Lunatic asylums United Provinces 1909-1921 - 1909-1921
Year: 1909
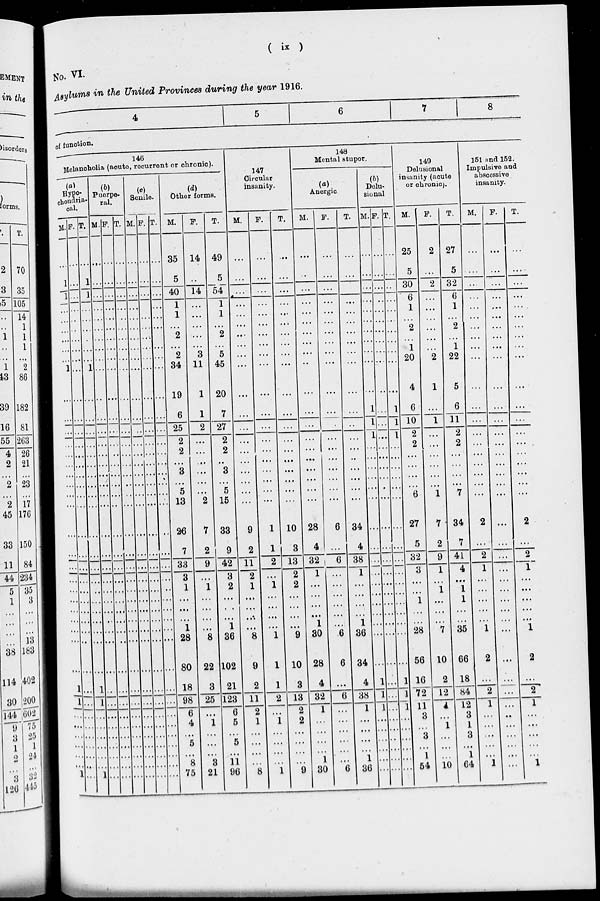
(
ix
)
No. VI.
Asylums in the United Provinces during the year 1916.
4
5
6
7
8
of function.
146
Melancholia (acute, recurrent or chronic).
(a)
Hypo-
chondria-
cal.
M.
…
1
1
…
…
…
…
…
…
1
…
…
…
…
…
…
…
…
…
…
…
…
…
…
…
…
…
…
…
…
…
1
1
…
…
…
…
…
…
1
F.
…
...
…
…
…
…
…
…
…
...
…
…
…
…
…
…
…
…
…
…
…
…
…
…
…
…
…
…
…
…
…
...
...
…
…
…
…
…
…
…
T.
…
1
1
…
…
…
…
…
…
1
…
…
…
…
…
…
…
…
…
…
…
…
…
…
…
…
…
…
…
…
…
1
1
…
…
…
…
…
…
1
(b)
Puerpe-
ral.
M.
…
…
…
…
…
…
…
…
…
…
…
…
…
…
…
…
…
…
…
…
…
…
…
…
…
…
…
…
…
…
…
…
…
…
…
…
…
…
…
…
F.
…
…
…
…
…
…
…
…
…
…
…
…
…
…
…
…
…
…
…
…
…
…
…
…
…
…
…
…
…
…
…
…
…
…
…
…
…
…
…
…
T.
…
…
…
…
…
…
…
…
…
…
…
…
…
…
…
…
…
…
…
…
…
…
…
…
…
…
…
…
…
…
…
…
…
…
…
…
…
…
…
…
(c)
Senile.
M.
…
…
…
…
…
…
…
…
…
…
…
…
…
…
…
…
…
…
…
…
…
…
…
…
…
…
…
…
…
…
…
…
…
…
…
…
…
…
…
…
F.
…
…
…
…
…
…
…
…
…
…
…
…
…
…
…
…
…
…
…
…
…
…
…
…
…
…
…
…
…
…
…
…
…
…
…
…
…
…
…
…
T.
…
…
…
...
…
…
…
…
…
…
…
…
…
…
…
…
…
…
…
…
…
…
…
…
…
…
…
…
…
…
…
…
…
…
…
…
…
…
…
…
(d)
Other forms.
M.
35
5
40
1
1
…
2
…
2
34
19
6
25
2
2
…
3
…
5
13
26
7
33
3
1
…
…
…
1
28
80
18
98
6
4
…
5
…
8
75
F.
14
…
14
…
...
…
…
…
3
11
1
1
2
…
…
…
...
...
...
2
7
2
9
…
1
...
…
...
...
8
22
3
25
...
1
...
…
...
3
21
T.
49
5
54
1
1
...
2
…
5
45
20
7
27
2
2
…
3
...
5
15
33
9
42
3
2
...
…
…
1
36
102
21
123
6
5
...
5
…
11
96
147
Circular
insanity.
M.
…
...
...
…
...
…
…
…
...
...
...
…
...
...
...
…
…
…
…
…
9
2
11
2
1
…
…
…
…
8
9
2
11
2
1
…
…
…
...
8
F.
…
...
…
…
...
…
...
…
…
...
…
…
...
…
…
...
…
…
…
…
1
1
2
…
1
…
…
…
...
1
1
1
2
...
1
…
…
…
...
1
T.
…
...
...
…
…
...
...
…
…
...
...
...
…
...
...
…
…
...
...
…
10
3
13
2
2
...
…
...
…
9
10
3
13
2
2
…
…
…
…
9
148
Mental stupor.
(a)
Anergic.
M.
…
…
...
...
...
…
…
...
...
...
…
…
...
…
...
…
…
...
...
...
28
4
32
1
...
...
…
…
1
30
28
4
32
1
…
…
...
...
1
30
F.
…
...
…
...
...
...
...
…
…
...
…
...
…
…
…
…
…
…
…
6
…
6
…
…
…
…
…
...
6
6
…
6
…
…
...
...
...
...
6
T.
…
…
…
...
...
...
…
...
…
...
...
...
…
...
…
…
…
…
…
…
34
4
38
1
…
…
…
…
1
36
34
4
38
1
…
…
…
…
1
36
(b)
Delu-
sional
M.
…
...
…
…
...
...
… …
…
...
...
1
1
1
...
...
…
…
...
...
…
…
…
…
…
…
…
…
…
…
…
1
1
1
...
…
...
…
…
…
F.
…
…
…
…
...
…
...
…
…
...
…
...
…
…
...
…
...
…
…
...
…
…
…
…
…
…
…
…
…
…
…
…
…
...
…
…
…
…
…
…
T.
…
...
…
…
...
…
…
…
...
...
...
1
1
1
…
…
…
…
…
…
…
…
…
…
…
…
…
…
…
…
…
1
1
1
…
…
…
…
…
…
149
Delusional
insanity (acute
or chronic).
M.
25
5
30
6
1
…
2
…
1
20
4
6
10
2
2
...
…
…
…
6
27
5
32
3
…
…
1
…
…
28
56
16
72
11
3
…
3
…
1
54
F.
2
...
2
…
…
…
…
…
…
2
1
…
1
...
…
...
…
...
...
1
7
2
9
1
…
1
…
...
...
7
10
2
12
1
…
1
…
…
...
10
T.
27
5
32
6
1
2
2
…
1
22
5
6
11
2
2
...
…
...
...
7
34
7
41
4
…
1
1
…
…
35
66
18
84
12
3
1
3
...
1
64
151 and 152.
Impulsive and
abscessive
insanity.
M.
…
...
...
…
…
…
… …
...
...
...
…
…
...
...
...
…
...
...
…
2
...
2
1
…
...
...
...
...
1
2
…
2
1
...
…
...
…
…
1
F.
…
…
…
...
…
…
…
...
…
...
...
…
…
...
...
...
...
…
…
...
…
…
…
...
...
...
…
...
…
...
…
...
...
...
…
...
…
…
...
…
T.
…
…
…
…
...
...
…
…
…
...
…
...
…
...
…
…
...
...
...
…
2
…
2
1
...
…
...
...
...
1
2
…
2
1
…
...
...
...
…
1